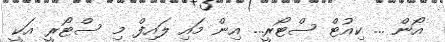
އޯން ... ކިއުޓް ސްޓޯރީ... އިން މައި ލައިފް މި ސްޓޯރީ އަކީ